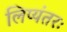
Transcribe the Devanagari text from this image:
लिप्यंतरः